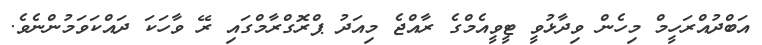
އަބްދުއްރަހީމް މިހެން ވިދާޅުވީ ޓީވީއެމްގެ ރާއްޖެ މިއަދު ޕްރޮގްރާމްގައި ރޭ ވާހަކަ ދައްކަވަމުންނެވެ.